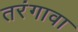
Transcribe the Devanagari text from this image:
तरंगावा